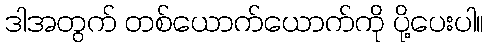
ဒါအတွက် တစ်ယောက်ယောက်ကို ပို့ပေးပါ။